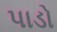
પાડો